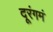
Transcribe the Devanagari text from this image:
दूरंगमं